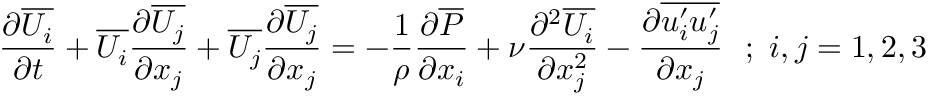
{ \frac { \partial \overline { { U _ { i } } } } { \partial t } } + \overline { { U _ { i } } } { \frac { \partial \overline { { U _ { j } } } } { \partial x _ { j } } } + \overline { { U _ { j } } } { \frac { \partial \overline { { U _ { j } } } } { \partial x _ { j } } } = - { \frac { 1 } { \rho } } { \frac { \partial \overline { { P } } } { \partial x _ { i } } } + \nu { \frac { \partial ^ { 2 } \overline { { U _ { i } } } } { \partial x _ { j } ^ { 2 } } } - { \frac { \partial \overline { { u _ { i } ^ { \prime } u _ { j } ^ { \prime } } } } { \partial x _ { j } } } ~ ~ ; ~ i , j = 1 , 2 , 3